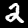
Label: 2